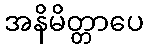
အနိမိတ္တာပေ